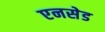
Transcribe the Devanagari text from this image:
एनसेड